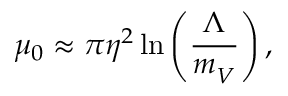
\mu _ { 0 } \approx \pi \eta ^ { 2 } \ln \left( \frac { \Lambda } { m _ { V } ^ { } } \right) ,